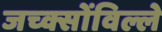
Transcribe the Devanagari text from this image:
जच्क्सोंविल्ले